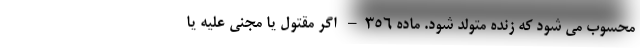
محسوب می شود که زنده متولد شود. ماده ۳۵۶– اگر مقتول یا مجنی علیه یا